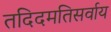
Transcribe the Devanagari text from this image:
तदिदमतिसर्वाय